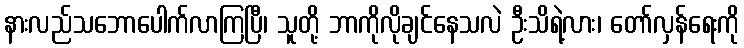
နားလည်သဘောပေါက်လာကြပြီ၊ သူတို့ ဘာကိုလိုချင်နေသလဲ ဦးသိရဲ့လား၊ တော်လှန်ရေးကို